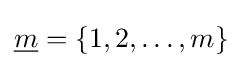
{\underline {m}}=\{1,2,\ldots ,m\}